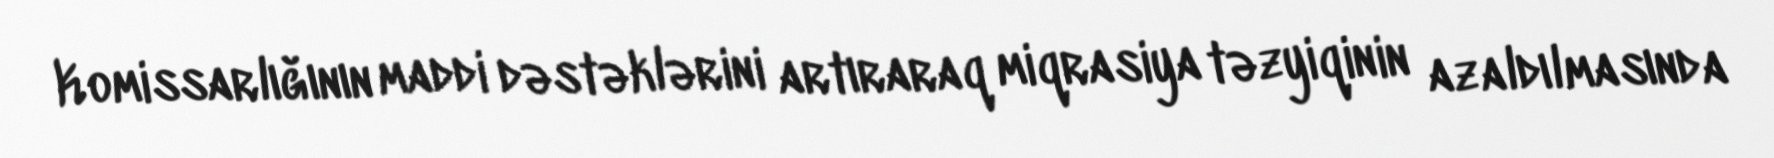
Komissarlığının maddi dəstəklərini artıraraq miqrasiya təzyiqinin azaldılmasında